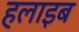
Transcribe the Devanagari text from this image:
हलाइब